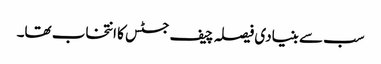
سب سے بنیادی فیصلہ چیف جسٹس کا انتخاب تھا۔